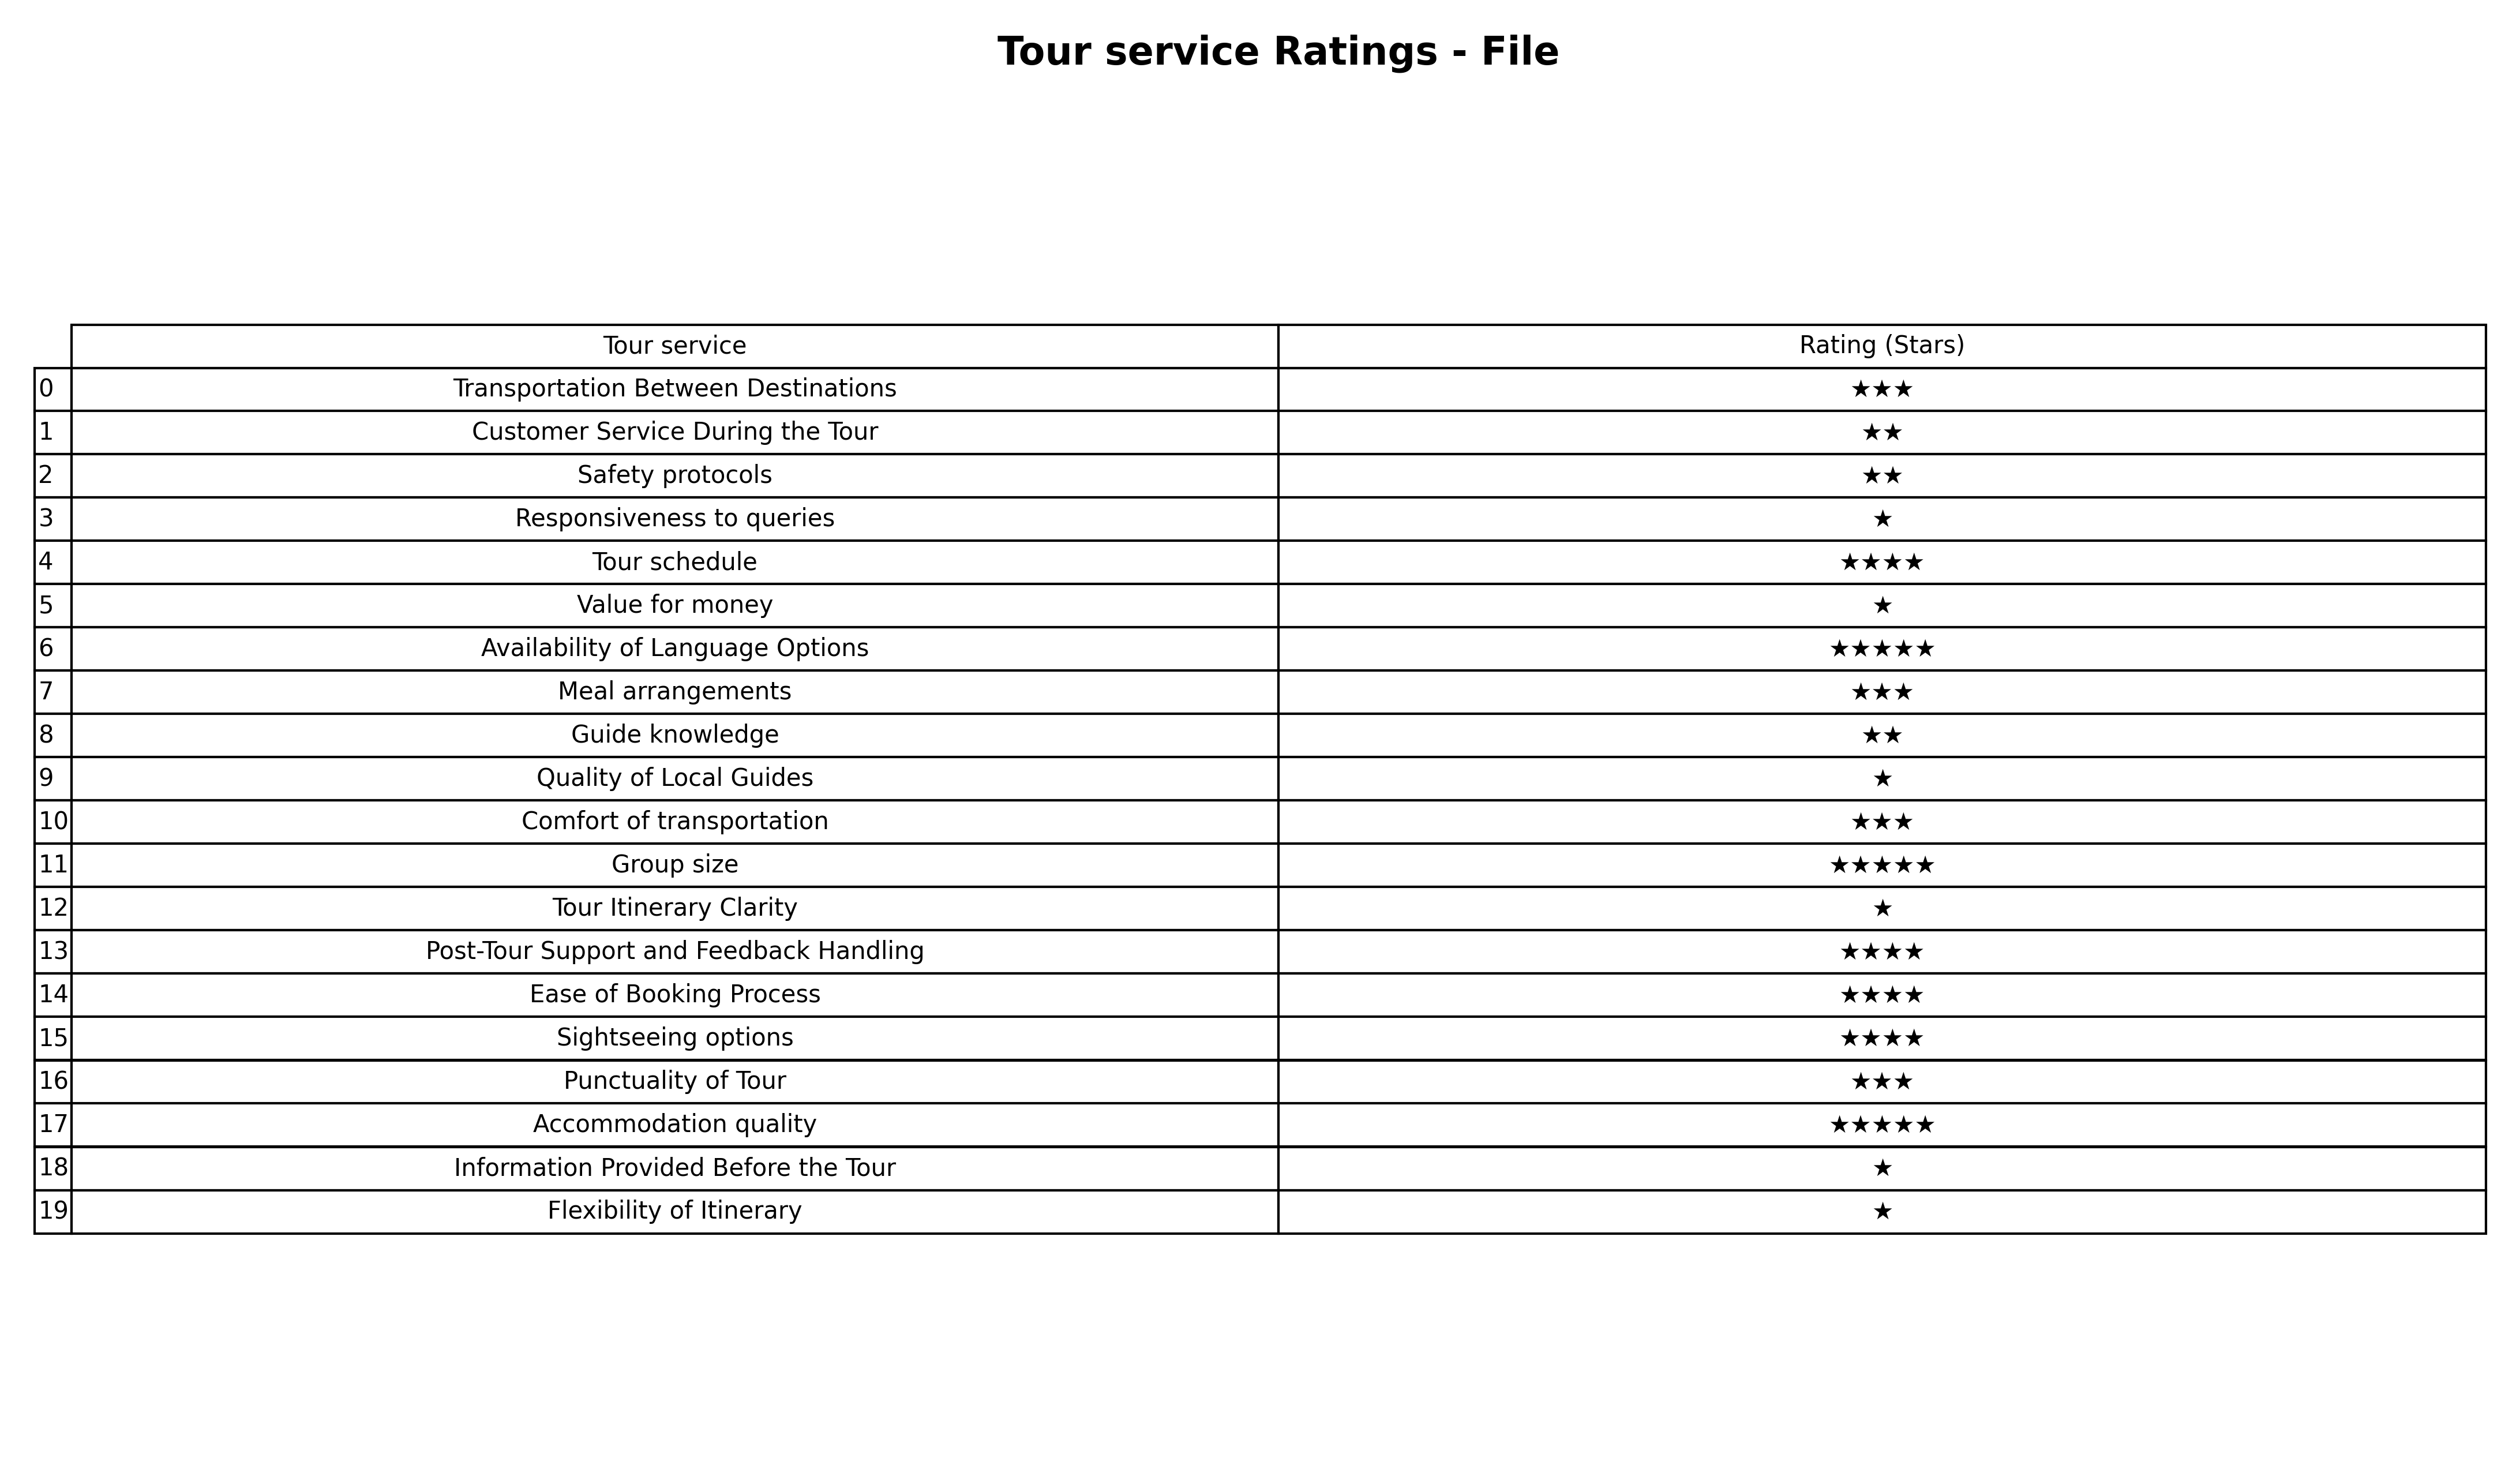
question: What is the rating of Accommodation quality?
answer: ★★★★★